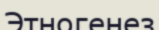
Этногенез